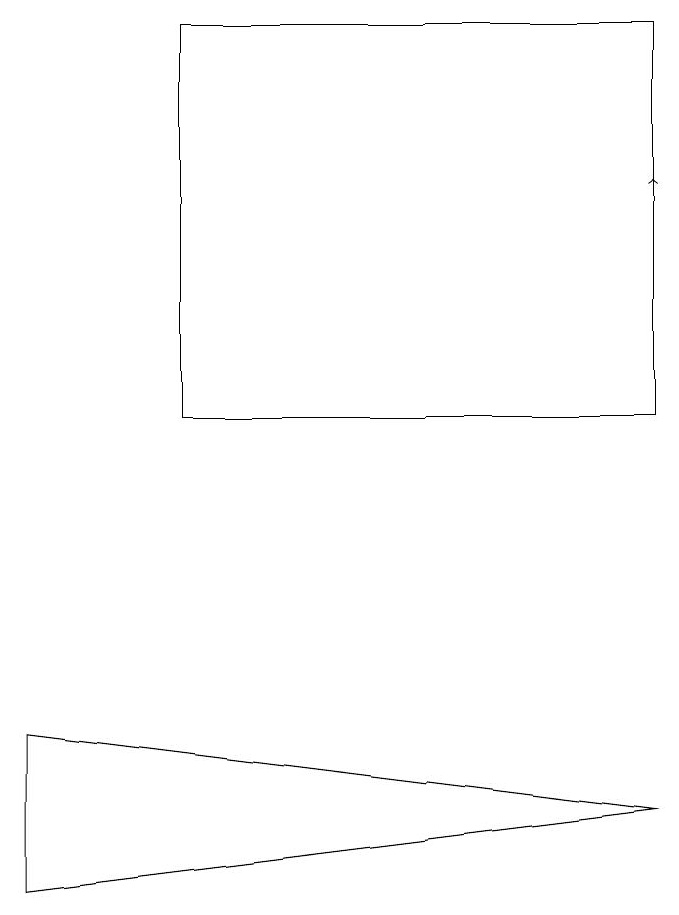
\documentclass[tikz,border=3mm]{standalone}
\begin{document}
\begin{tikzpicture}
\draw (0,7) -- (0,9) -- (8,8) -- cycle;
\draw (8,13) rectangle (2,18);
\draw[->] (8,14) -- (8,16);
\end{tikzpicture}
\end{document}